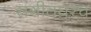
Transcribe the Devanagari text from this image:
संगीतघरच